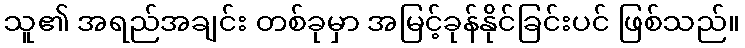
သူ၏ အရည်အချင်း တစ်ခုမှာ အမြင့်ခုန်နိုင်ခြင်းပင် ဖြစ်သည်။